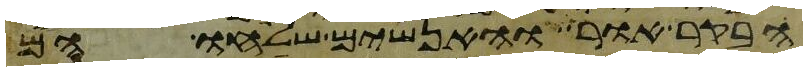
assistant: הבקר אור והאנשים שלחו הם